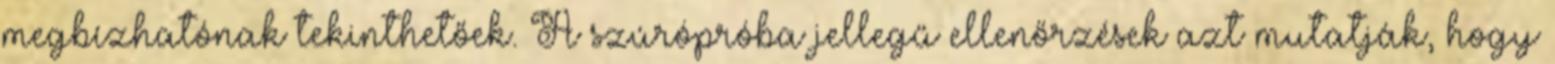
megbízhatónak tekinthetőek. A szúrópróba jellegű ellenőrzések azt mutatják, hogy